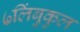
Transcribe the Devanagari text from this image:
७लिंबुकुल